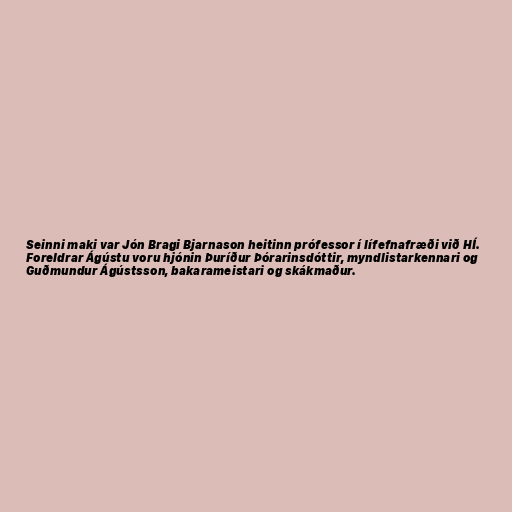
Seinni maki var Jón Bragi Bjarnason heitinn prófessor í lífefnafræði við HÍ.
Foreldrar Ágústu voru hjónin Þuríður Þórarinsdóttir, myndlistarkennari og
Guðmundur Ágústsson, bakarameistari og skákmaður.